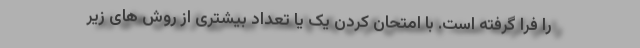
را فرا گرفته است. با امتحان کردن یک یا تعداد بیشتری از روش های زیر